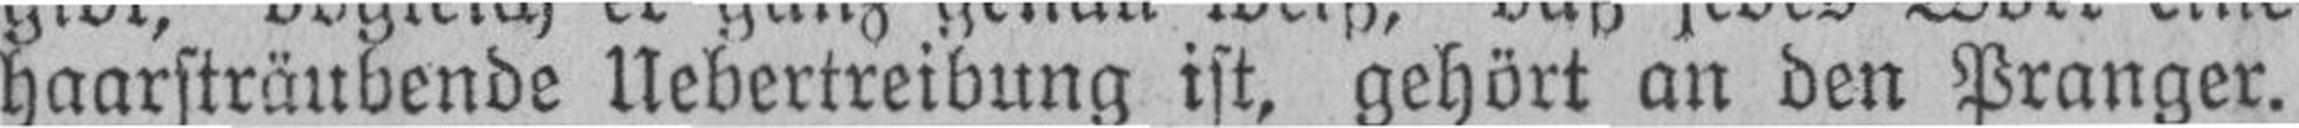
haarsträubende Uebertreibung ist, gehört an den Pranger.